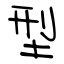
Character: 型